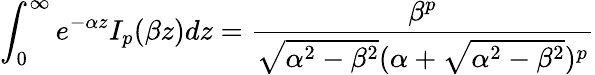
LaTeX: \int_{0}^{\infty}e^{-\alpha z}I_{p}(\beta z)dz=\frac{\beta^{p}}{\sqrt{\alpha^{2}-\beta^{2}}(\alpha+\sqrt{\alpha^{2}-\beta^{2}})^{p}}